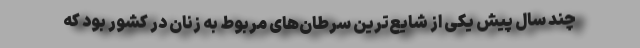
چند سال پیش یکی از شایع‌ترین سرطان‌های مربوط به زنان در کشور بود که